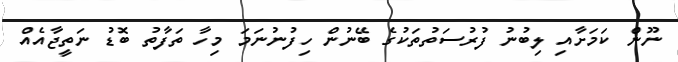
ނޫން ކަމަށާއި ލިބުނު ފުރުސަތުތަކުގެ ބޭނުން ހިފުނުނަމަ މިހާ ތަފާތު ބޮޑު ނަތީޖާއެއް